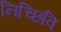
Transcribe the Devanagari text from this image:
निच्छिवि